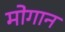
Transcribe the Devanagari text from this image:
मोगान